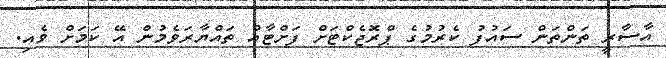
އާސާރީ ތަންތަން ސައުފު ކެރުމުގެ ޕްރޮޖެކްޓަށް ފަށްޓާއް ތައްޔާރަވެމުން އޭ ކަމަށް ވެއި.